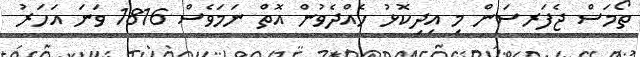
ތޯމަސް ޖެފަރސަން މި އިދިކޮޅު ހެއްދެވުން އޮތް ނަމަވެސް 1816 ވަނަ އަހަރު